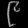
Digit: ၉